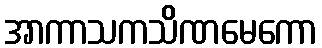
အာကာသကသိဏမေကော